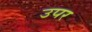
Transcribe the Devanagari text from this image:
उपर